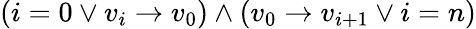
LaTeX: (i=0\vee v_{i}\rightarrow v_{0})\wedge(v_{0}\rightarrow v_{i+1}\vee i=n)